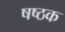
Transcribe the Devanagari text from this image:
षष्ठक